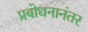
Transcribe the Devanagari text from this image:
प्रबोधनानंतर